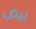
بيض